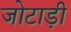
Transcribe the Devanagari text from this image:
जोटाड़ी